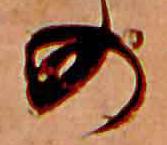
の